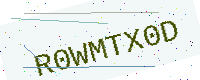
Text: R0WMTX0D